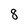
Character: 8